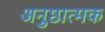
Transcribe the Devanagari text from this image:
अनुष्ठात्मक